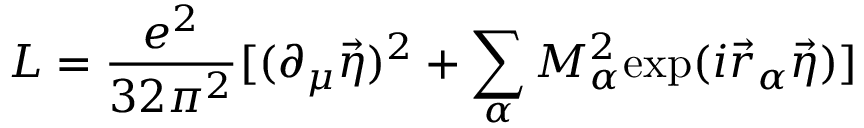
{ \cal L } = \frac { e ^ { 2 } } { 3 2 \pi ^ { 2 } } [ ( \partial _ { \mu } \vec { \eta } ) ^ { 2 } + \sum _ { \alpha } M _ { \alpha } ^ { 2 } \mathrm { e x p } ( i \vec { r } _ { \alpha } \vec { \eta } ) ]